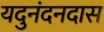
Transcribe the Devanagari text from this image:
यदुनंदनदास